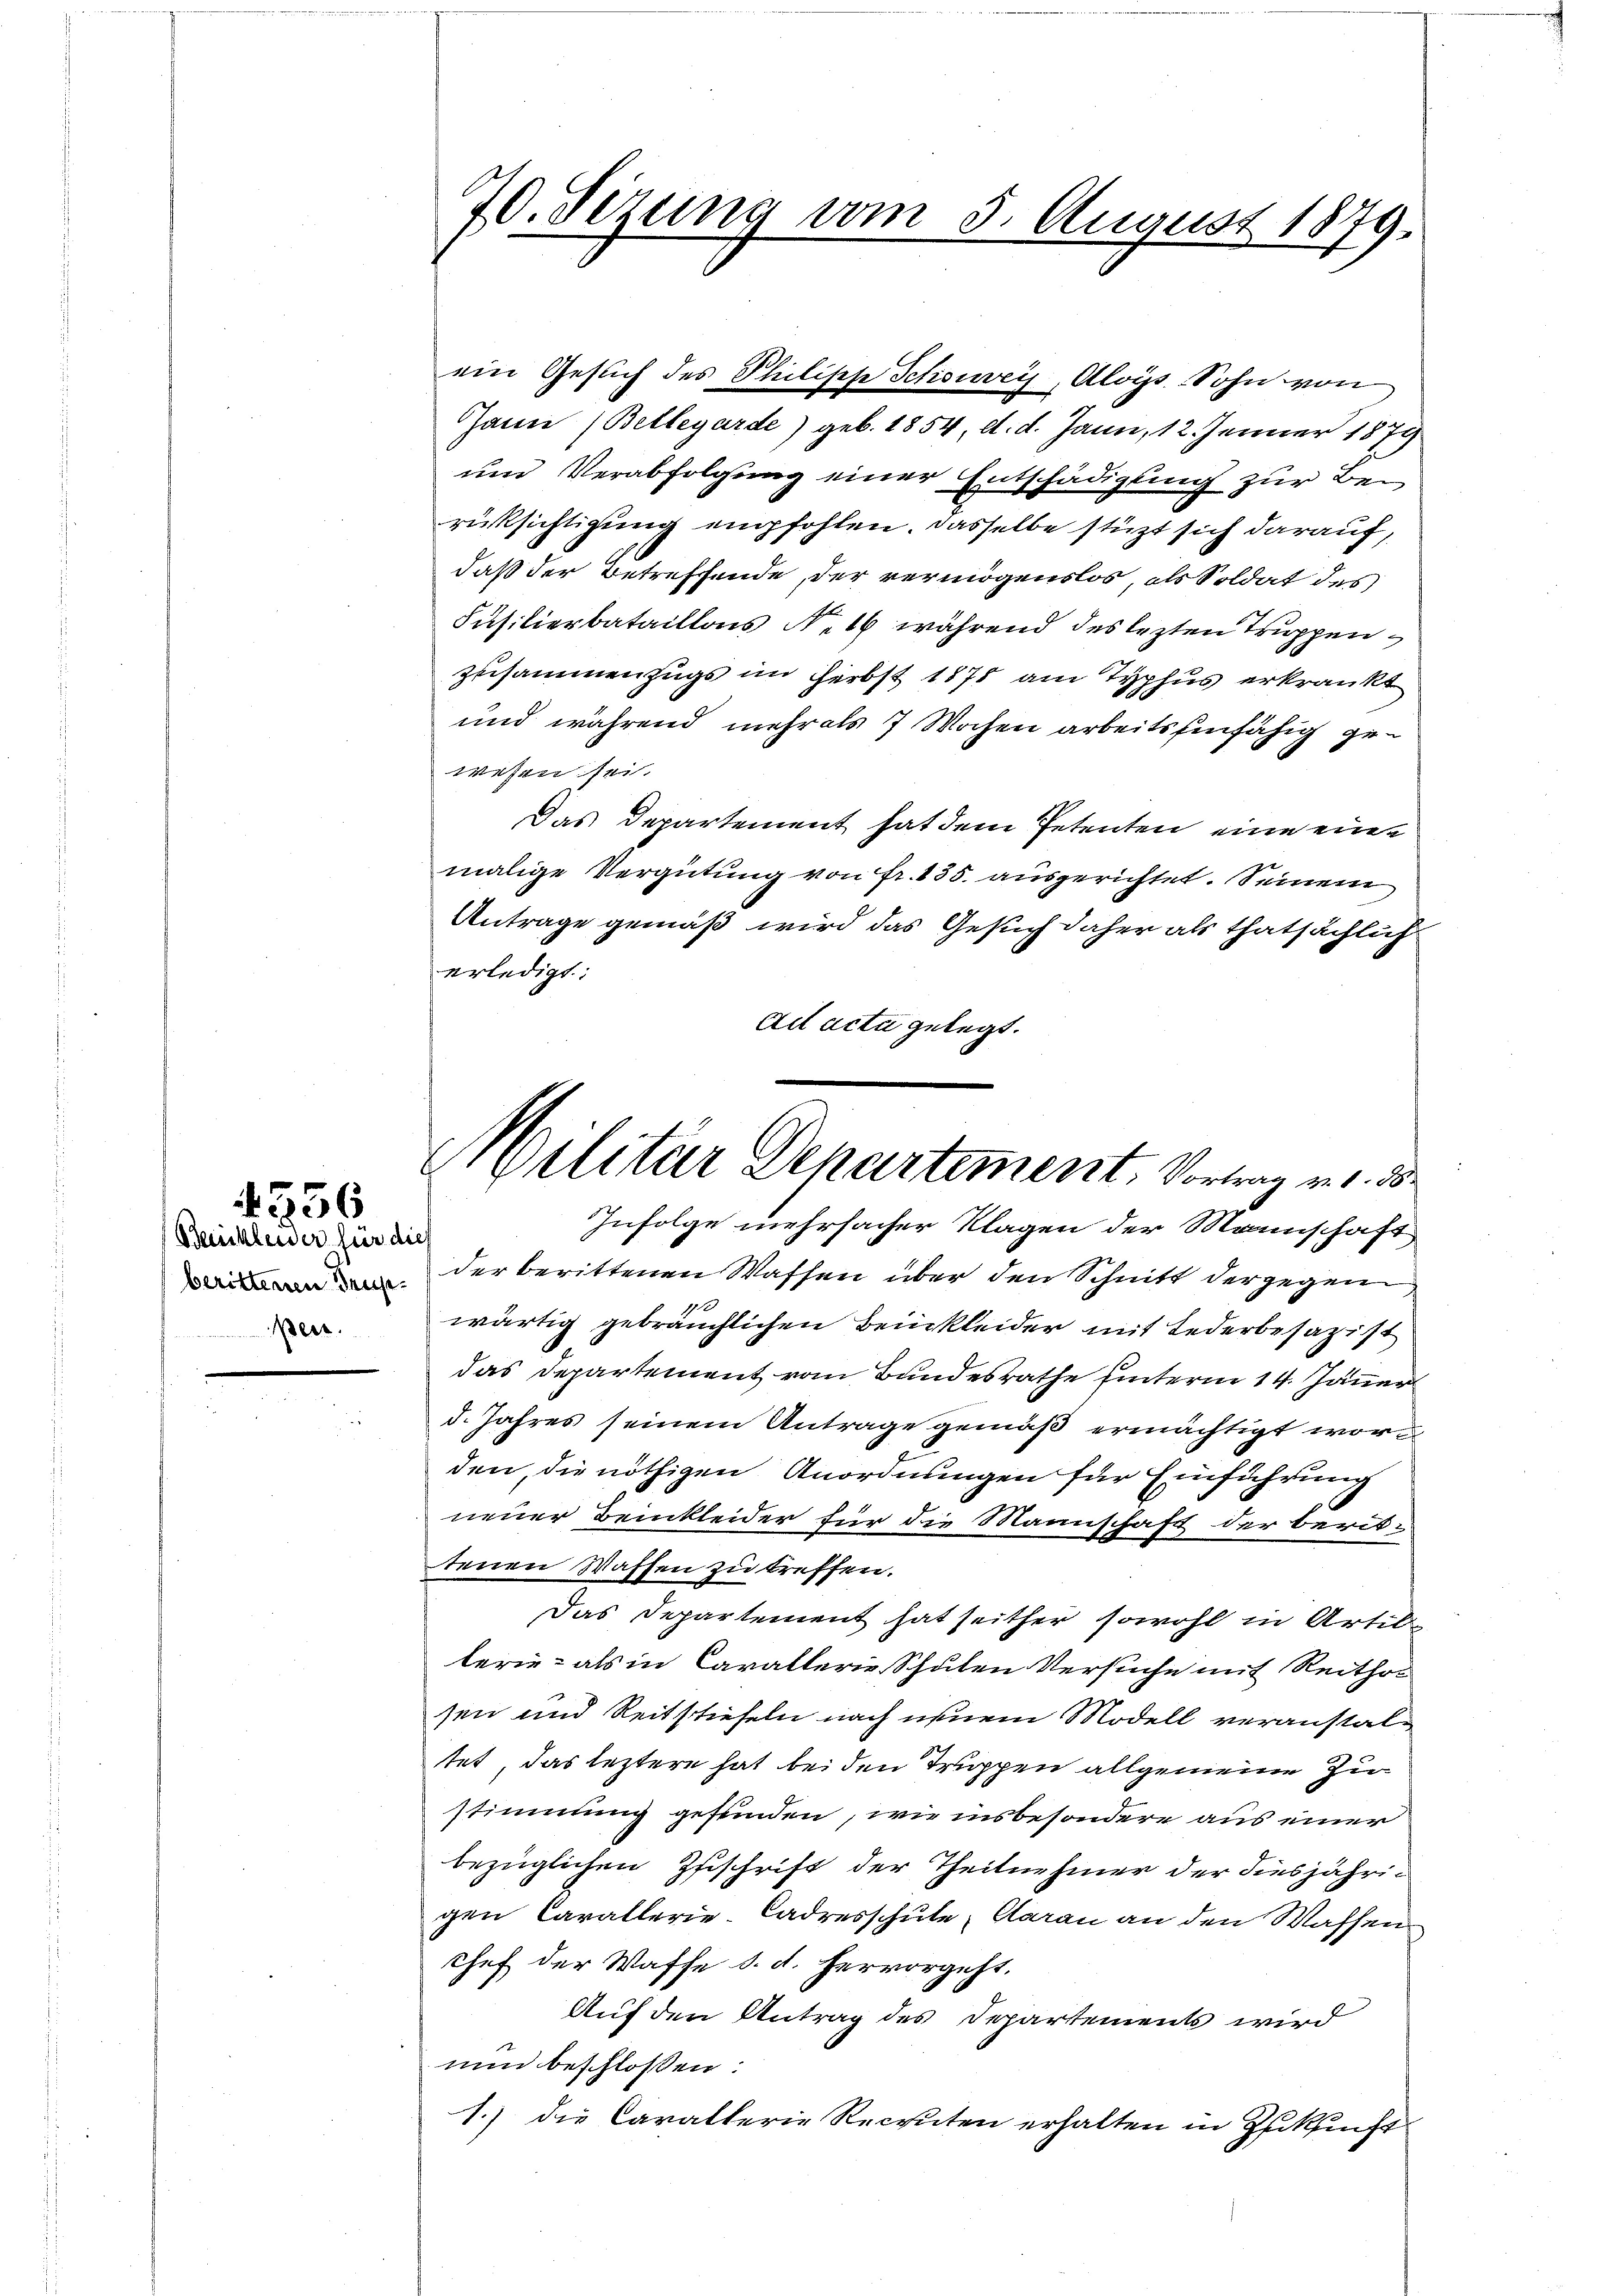
Benckleider für dies
Beis

4356

70. Sezung vom 5. August 1879.

Ghann (Bellegarde) geb. 1854, d. d. Jann, 12. Jänner 1879
und Verabfolgung einer Entschädigung zur Berücksichtigung empfohlen. Dasselbe stützt sich darauf,
daß der Betreffende, der vermögenslos, als Soldat des
Füsilierbataillons N. 16 während des lezten Truppenzusammenzugs im Herbst 1878 am Typhus erkrankt
und während mehr als 7 Wochen arbeits hinfähig gewesen sei.
Das Departement hat dem Petenten eine eine
malige Vergütung von Fr. 135. ausgerichtet. Seinem
Antrage gemäß wird das Gesuch daher als thatsächlich
erledigt:
dit acta gelegt.
 der berittenen Wassen über den Schnitt der gegen
wärtig gebräuchlichen Beinkleider mit Federbesazist
das Departement vom Bundesrathe unterm 14. Jäner
d. Jahres seinem Antrage gemäß ermächtigt worden, die nöthigen Anordnungen für Einführung
neuer Beinkleider für die Mannschaft der berittenen Waffen zu treffen.
Das Departement hat seither sowohl in Artilterie- als in Cavallerie Schulen Versuche mit Reitho
sen und Reitstiefeln nach einem Modell veranstaltet, das leztere hat bei den Truppen allgemeine Zustimmung gefunden, wie insbesondere aus einer
bezüglichen Zuschrift der Theilnehmer der diesjährigen Carallerie-Cadresschule, Caran an den Waffen
Chef der Waffe d. d. hervorgeht.
Auf den Antrag des Departements wird
nun beschloßen:
1.) die Caralterie Recruten erhalten in Zukunft

ein Gesuch des Philische Schönweis, Aloys Sohn von

Militär Departement, Vortrag v. 1. 33
Infolge mehrfacher Klagen der Mannschaft